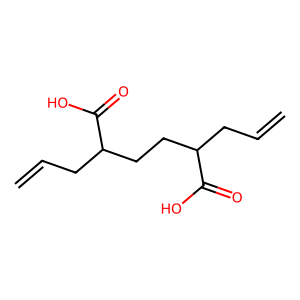
SMILES: C=CCC(CCC(CC=C)C(=O)O)C(=O)O
Inhibits HIV replication: No